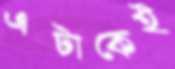
এটাকেই